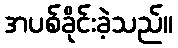
အပစ်ခိုင်းခဲ့သည်။